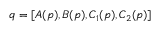
q = [ A ( p ) , B ( p ) , C _ { 1 } ( p ) , C _ { 2 } ( p ) ]